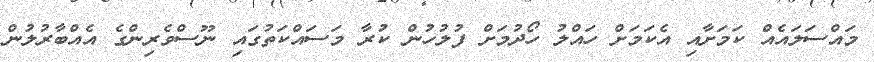
މައްސަލައެއް ކަމަށާއި އެކަމަށް ހައްލު ހޯދުމަށް ފުލުހުން ކުރާ މަސައްކަތުގައި ނޫސްވެރިންގެ އެއްބާރުލުން